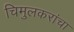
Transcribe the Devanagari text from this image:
चिमुलकरांचा